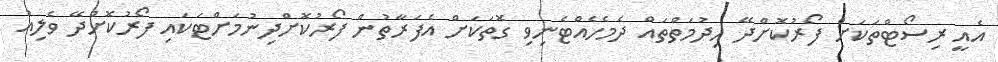
އެއީ ރިސޯޓްތަކަށް ފޯރުކޮށްދޭ ހިދުމަތްތައް ދެމެހެއްޓެނިވި ގޮތަކަށް އެެފަރާތުން ފޯރުކޮށްދިނުމަށްޓަކައި ފޯރުކޮށްދޭ ވެލިއު